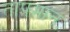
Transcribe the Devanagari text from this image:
तापमानः